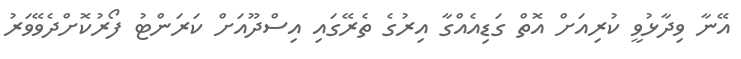
އޭނާ ވިދާޅުވީ ކުރިއަށް އޮތް ގަޑިއެއްގާ އިރުގެ ތެރޭގައި އިސްދޫއަށް ކަރަންޓު ފޯރުކޮށްދެވޭވަރު